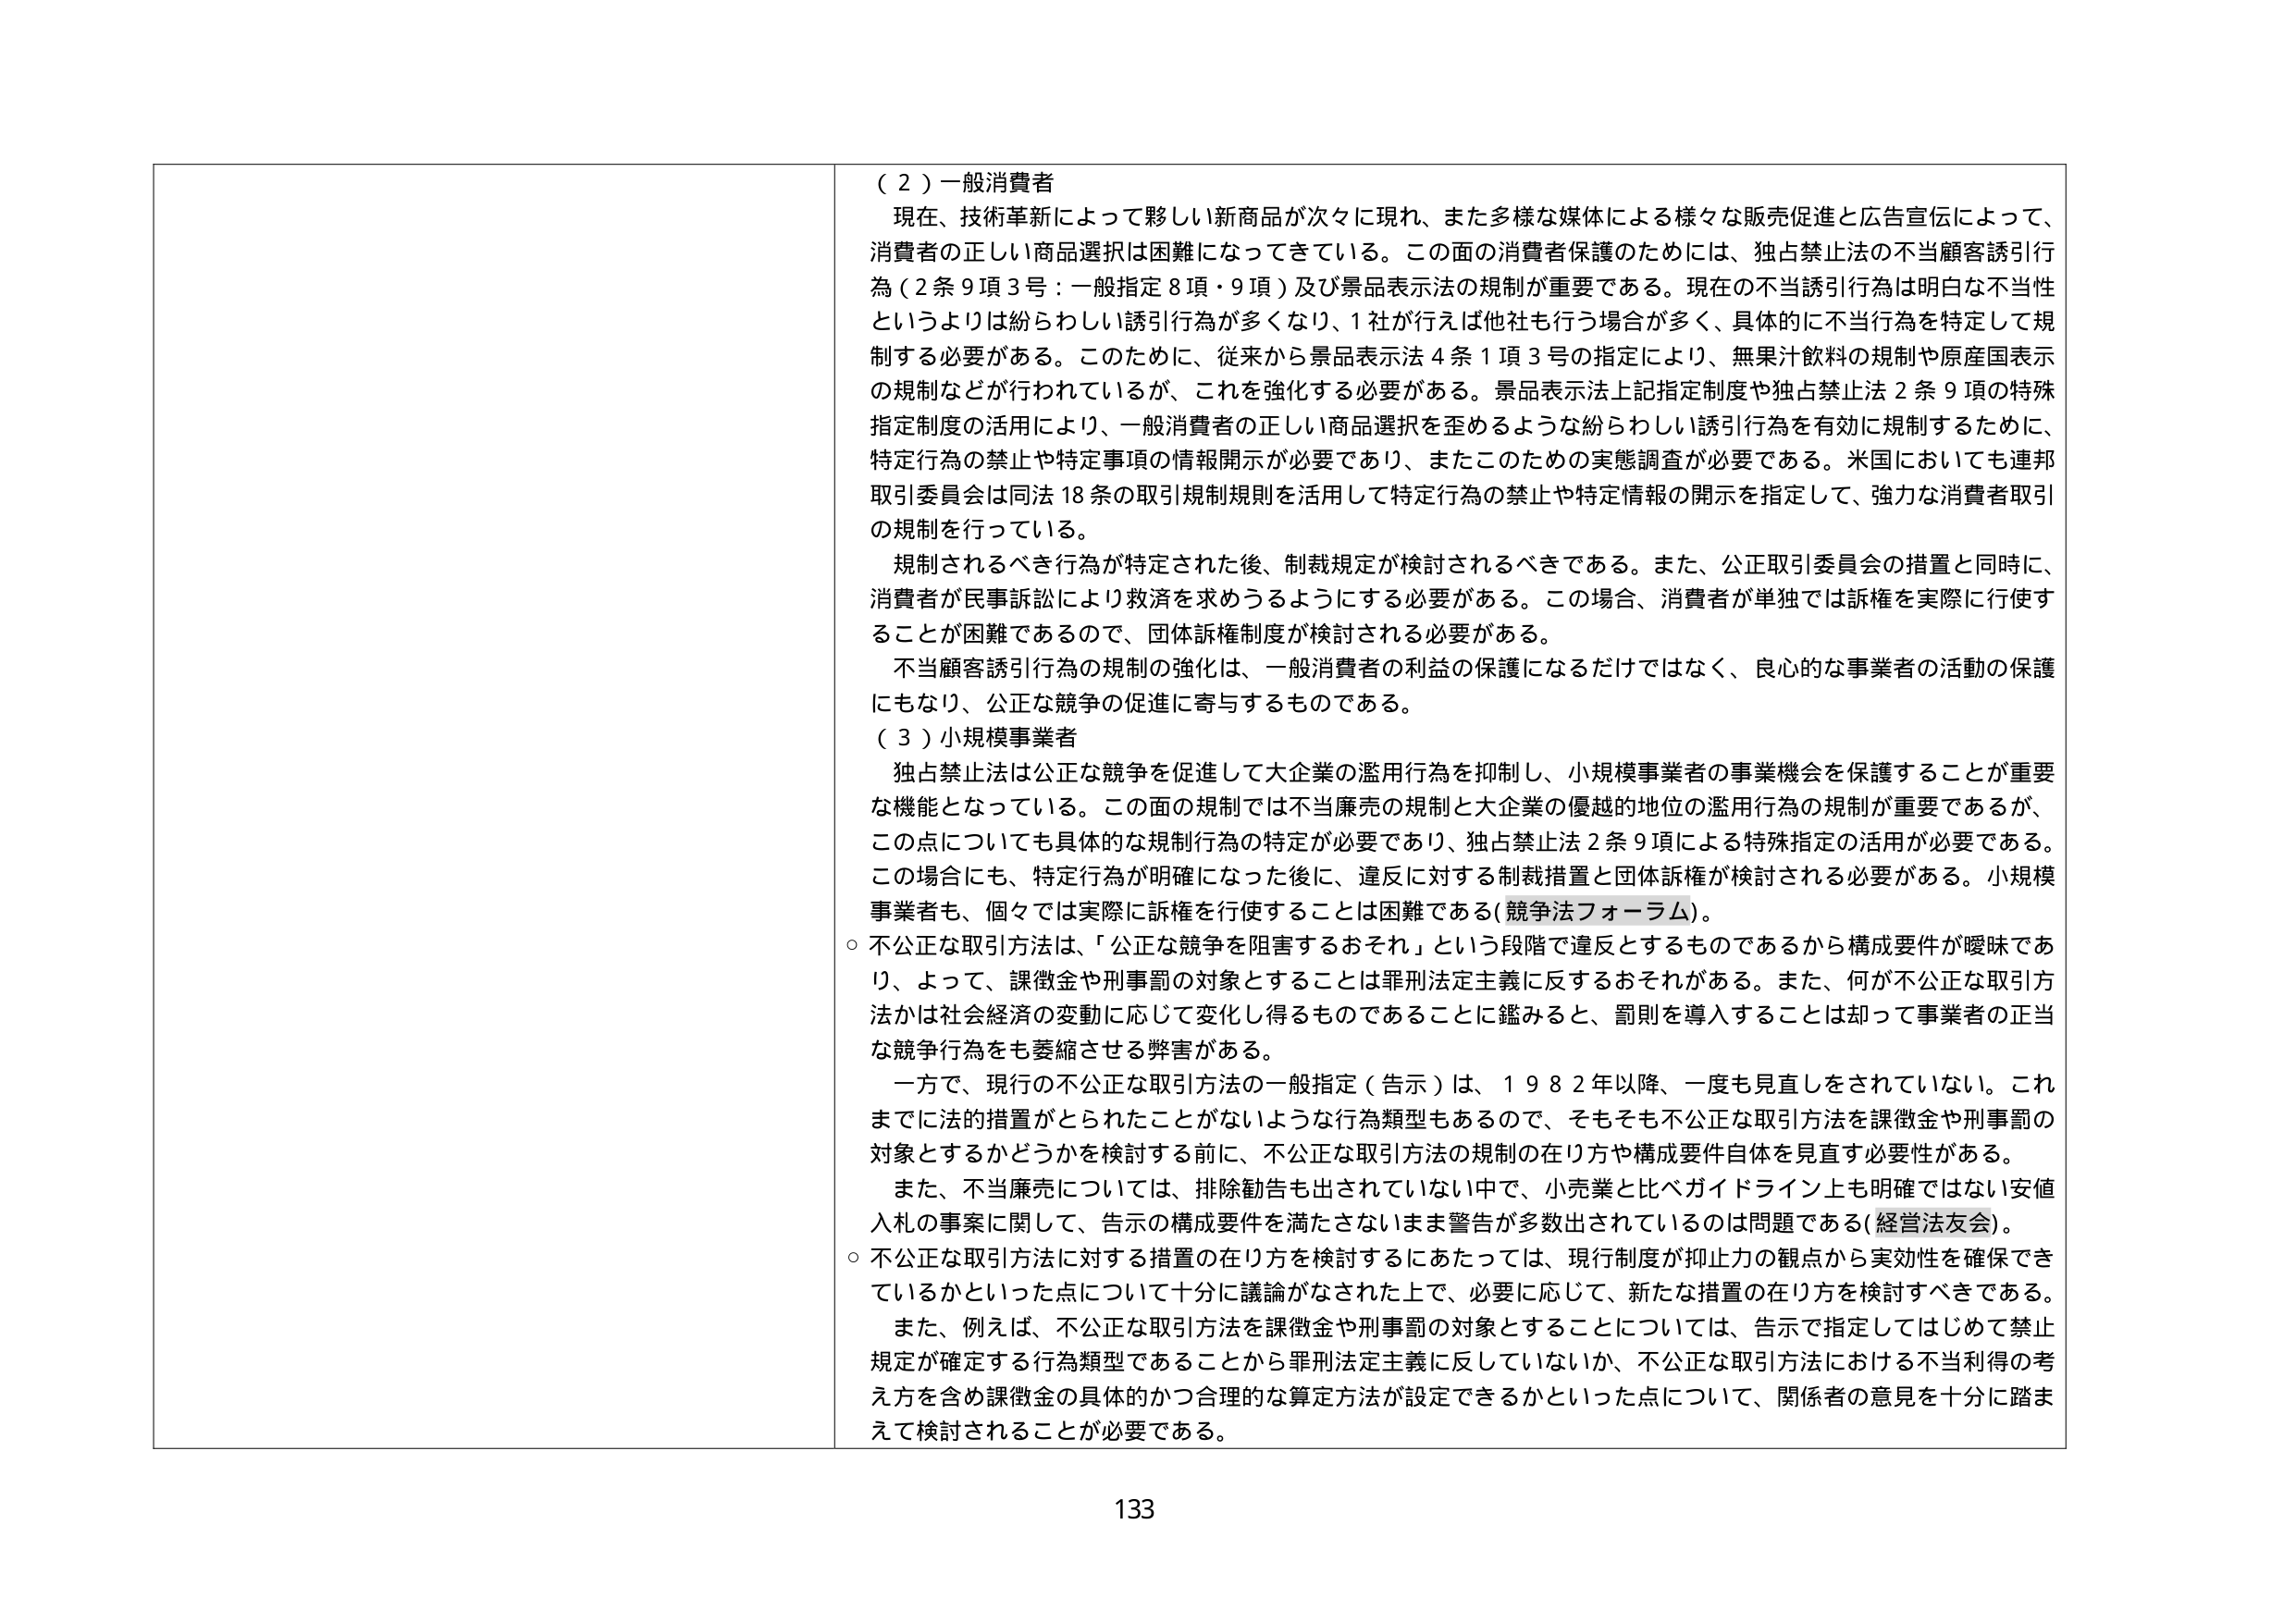
（２）一般消費者
現在、技術革新によって夥しい新商品が次々に現れ、また多様な媒体による様々な販売促進と広告宣伝によって、消費者の正しい商品選択は困難になってきている。この面の消費者保護のためには、独占禁止法の不当顧客誘引行為（２条９項３号：一般指定８項・９項）及び景品表示法の規制が重要である。現在の不当誘引行為は明白な不当性というよりは紛らわしい誘引行為が多くなり、１社が行えば他社も行う場合が多く、具体的に不当行為を特定して規制する必要がある。このために、従来から景品表示法４条１項３号の指定により、無果汁飲料の規制や原産国表示の規制などが行われているが、これを強化する必要がある。景品表示法上記指定制度や独占禁止法２条９項の特殊指定制度の活用により、一般消費者の正しい商品選択を歪めるような紛らわしい誘引行為を有効に規制するために、特定行為の禁止や特定事項の情報開示が必要であり、またこのための実態調査が必要である。米国においても連邦取引委員会は同法18条の取引規制規則を活用して特定行為の禁止や特定情報の開示を指定して、強力な消費者取引の規制を行っている。

規制されるべき行為が特定された後、制裁規定が検討されるべきである。また、公正取引委員会の措置と同時に、消費者が民事訴訟により救済を求めうるようにする必要がある。この場合、消費者が単独では訴権を実際に行使することが困難であるので、団体訴権制度が検討される必要がある。

不当顧客誘引行為の規制の強化は、一般消費者の利益の保護になるだけではなく、良心的な事業者の活動の保護にもなり、公正な競争の促進に寄与するものである。

（３）小規模事業者
独占禁止法は公正な競争を促進して大企業の濫用行為を抑制し、小規模事業者の事業機会を保護することが重要な機能となっている。この面の規制では不当廉売の規制と大企業の優越的地位の濫用行為の規制が重要であるが、この点についても具体的な規制行為の特定が必要であり、独占禁止法２条９項による特殊指定の活用が必要である。この場合にも、特定行為が明確になった後に、違反に対する制裁措置と団体訴権が検討される必要がある。小規模事業者も、個々では実際に訴権を行使することは困難である（競争法フォーラム）。

○ 不公正な取引方法は、「公正な競争を阻害するおそれ」という段階で違反とするものであるから構成要件が曖昧であり、よって、課徴金や刑事罰の対象とすることは罪刑法定主義に反するおそれがある。また、何が不公正な取引方法かは社会経済の変動に応じて変化し得るものであることに鑑みると、罰則を導入することは却って事業者の正当な競争行為をも萎縮させる弊害がある。

一方で、現行の不公正な取引方法の一般指定（告示）は、１９８２年以降、一度も見直しをされていない。これまでに法的措置がとられたことがないような行為類型もあるので、そもそも不公正な取引方法を課徴金や刑事罰の対象とするかどうかを検討する前に、不公正な取引方法の規制の在り方や構成要件自体を見直す必要性がある。

また、不当廉売については、排除勧告も出されていない中で、小売業と比べガイドライン上も明確ではない安値入札の事案に関して、告示の構成要件を満たさないまま警告が多数出されているのは問題である（経営法友会）。

○ 不公正な取引方法に対する措置の在り方を検討するにあたっては、現行制度が抑止力の観点から実効性を確保できているかといった点について十分に議論がなされた上で、必要に応じて、新たな措置の在り方を検討すべきである。

また、例えば、不公正な取引方法を課徴金や刑事罰の対象とすることについては、告示で指定してはじめて禁止規定が確定する行為類型であることから罪刑法定主義に反していないか、不公正な取引方法における不当利得の考え方を含め課徴金の具体的かつ合理的な算定方法が設定できるかといった点について、関係者の意見を十分に踏まえて検討されることが必要である。

133